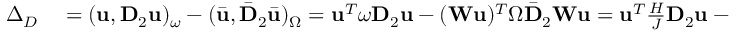
\begin{array} { r l } { \Delta _ { D } } & { { } = ( \mathbf { u } , \mathbf { D } _ { 2 } \mathbf { u } ) _ { \omega } - ( \bar { \mathbf { u } } , \bar { \mathbf { D } } _ { 2 } \bar { \mathbf { u } } ) _ { \Omega } = \mathbf { u } ^ { T } \boldsymbol { \omega } \mathbf { D } _ { 2 } \mathbf { u } - ( \mathbf { W } \mathbf { u } ) ^ { T } \boldsymbol { \Omega } \bar { \mathbf { D } } _ { 2 } \mathbf { W } \mathbf { u } = \mathbf { u } ^ { T } \frac { H } { J } \mathbf { D } _ { 2 } \mathbf { u } - \mathbf { u } ^ { T } H \mathbf { W } ^ { T } \bar { \mathbf { D } } _ { 2 } \mathbf { W } \mathbf { u } } \end{array}